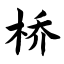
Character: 桥